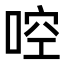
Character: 啌